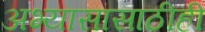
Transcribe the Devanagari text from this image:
अभ्यासासाठीही